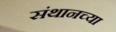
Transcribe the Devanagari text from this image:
संथानच्या